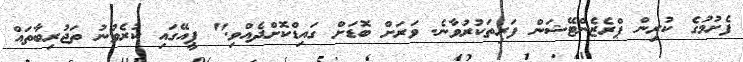
ފެށުމުގެ ކުރިން ޕްރެޒެންޓޭޝަން ފަރިތަކުރުވާނެ. ވަރަށް ބޮޑަށް ގައިޑްކޮށްދެއްވި." ޕީއޭގައި ކުރެވުނު ތަޖުރިބާތައް